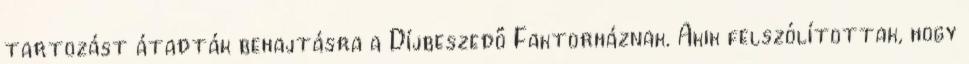
tartozást átadták behajtásra a Díjbeszedő Faktorháznak. Akik felszólítottak, hogy